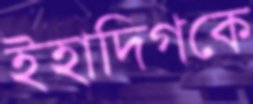
ইহাদিগকে